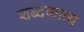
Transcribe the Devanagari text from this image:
शब्दकाव्य